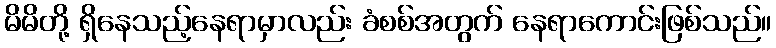
မိမိတို့ ရှိနေသည့်နေရာမှာလည်း ခံစစ်အတွက် နေရာကောင်းဖြစ်သည်။